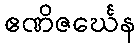
ဧဏိဇင်္ဃေန